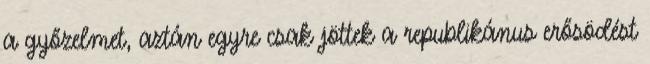
a győzelmet, aztán egyre csak jöttek a republikánus erősödést